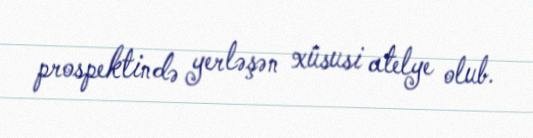
prospektində yerləşən xüsusi atelye olub.